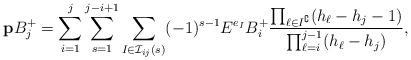
LaTeX: \begin{align*}\mathbf{p}B_j^+&= \sum_{i=1}^{j}\sum_{s=1}^{j-i+1}\sum_{I\in \mathcal{I}_{ij}(s)} (-1)^{s-1}E^{e_I}B_i^+\frac{\prod_{\ell\in I^\complement} (h_\ell-h_j-1)}{\prod_{\ell=i}^{j-1} (h_\ell-h_j)},\end{align*}